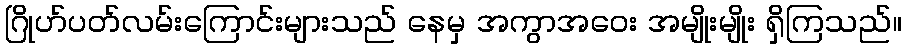
ဂြိုဟ်ပတ်လမ်းကြောင်းများသည် နေမှ အကွာအဝေး အမျိုးမျိုး ရှိကြသည်။